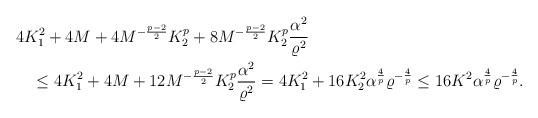
LaTeX: \begin{align*}&4K_1^2+4M+4M^{-\frac{p-2}{2}}K_2^p+8M^{-\frac{p-2}{2}}K_2^p\frac{\alpha^2}{\varrho^2}\\&\quad\leq4K_1^2+4M+12M^{-\frac{p-2}{2}}K_2^p\frac{\alpha^2}{\varrho^2}=4K_1^2+16K_2^2\alpha^{\frac{4}{p}}\varrho^{-\frac{4}{p}}\leq16K^2\alpha^{\frac{4}{p}}\varrho^{-\frac{4}{p}}. \end{align*}